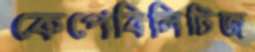
কেপেবিলিটিজ